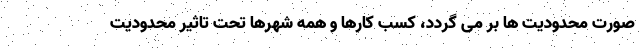
صورت محدودیت ها بر می گردد، کسب کارها و همه شهرها تحت تاثیر محدودیت